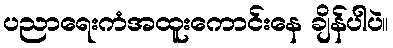
ပညာရေးကံအထူးကောင်းနေ ချိန်ပါပဲ။